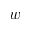
w